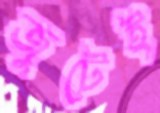
জুটেই